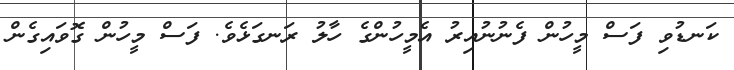
ކަނޑުވި ފަސް މީހުން ފެނުނުއިރު އެމީހުންގެ ހާލު ރަނގަޅެވެ. ފަސް މީހުން ގޮވައިގެން